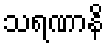
သရဏာနိ